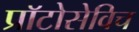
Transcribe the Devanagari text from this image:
प्राॅटोसेविच